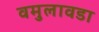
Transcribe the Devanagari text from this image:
वमुलावडा